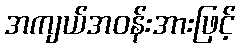
အကျယ်အဝန်းအားဖြင့်